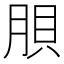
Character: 𱼉